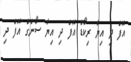
އޮފް ދި އިޔާ ރިކޯޑް އޮފް ދި އިޔާ ސޯންގް އޮފް ދި